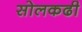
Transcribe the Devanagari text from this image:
सोलकढी